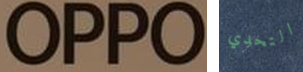
OPPO التحدي